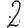
Digit: 2